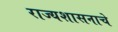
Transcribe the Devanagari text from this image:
राज्यशासनाचे